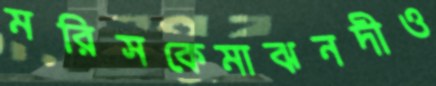
মরিসকেমাঝনদীও